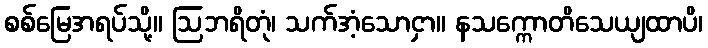
စစ်မြေအရပ်သို့။ ဩဘရိတုံ၊ သက်အံ့သောငှာ။ နသက္ကောတိသေယျထာပိ၊